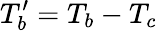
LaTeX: T_{b}^{\prime}=T_{b}-T_{c}